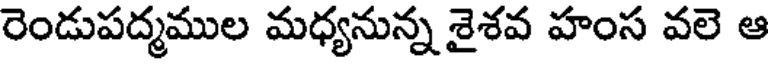
రెండుపద్మముల మధ్యనున్న శైశవ హంస వలె ఆ